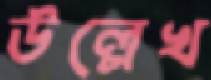
উল্লেখ